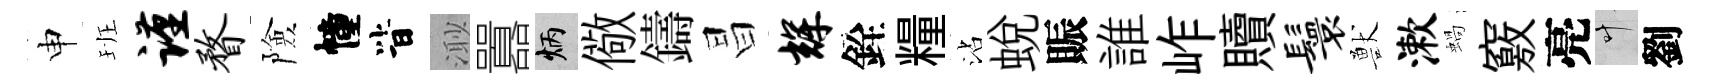
申班谨瞀險幢𣅜𣺌囂炳儆鑄昌辉銓糧沾蛻賑誰岞贖鬟獸漱蝸竅亮叶劉